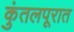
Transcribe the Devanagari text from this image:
कुंतलपूरात